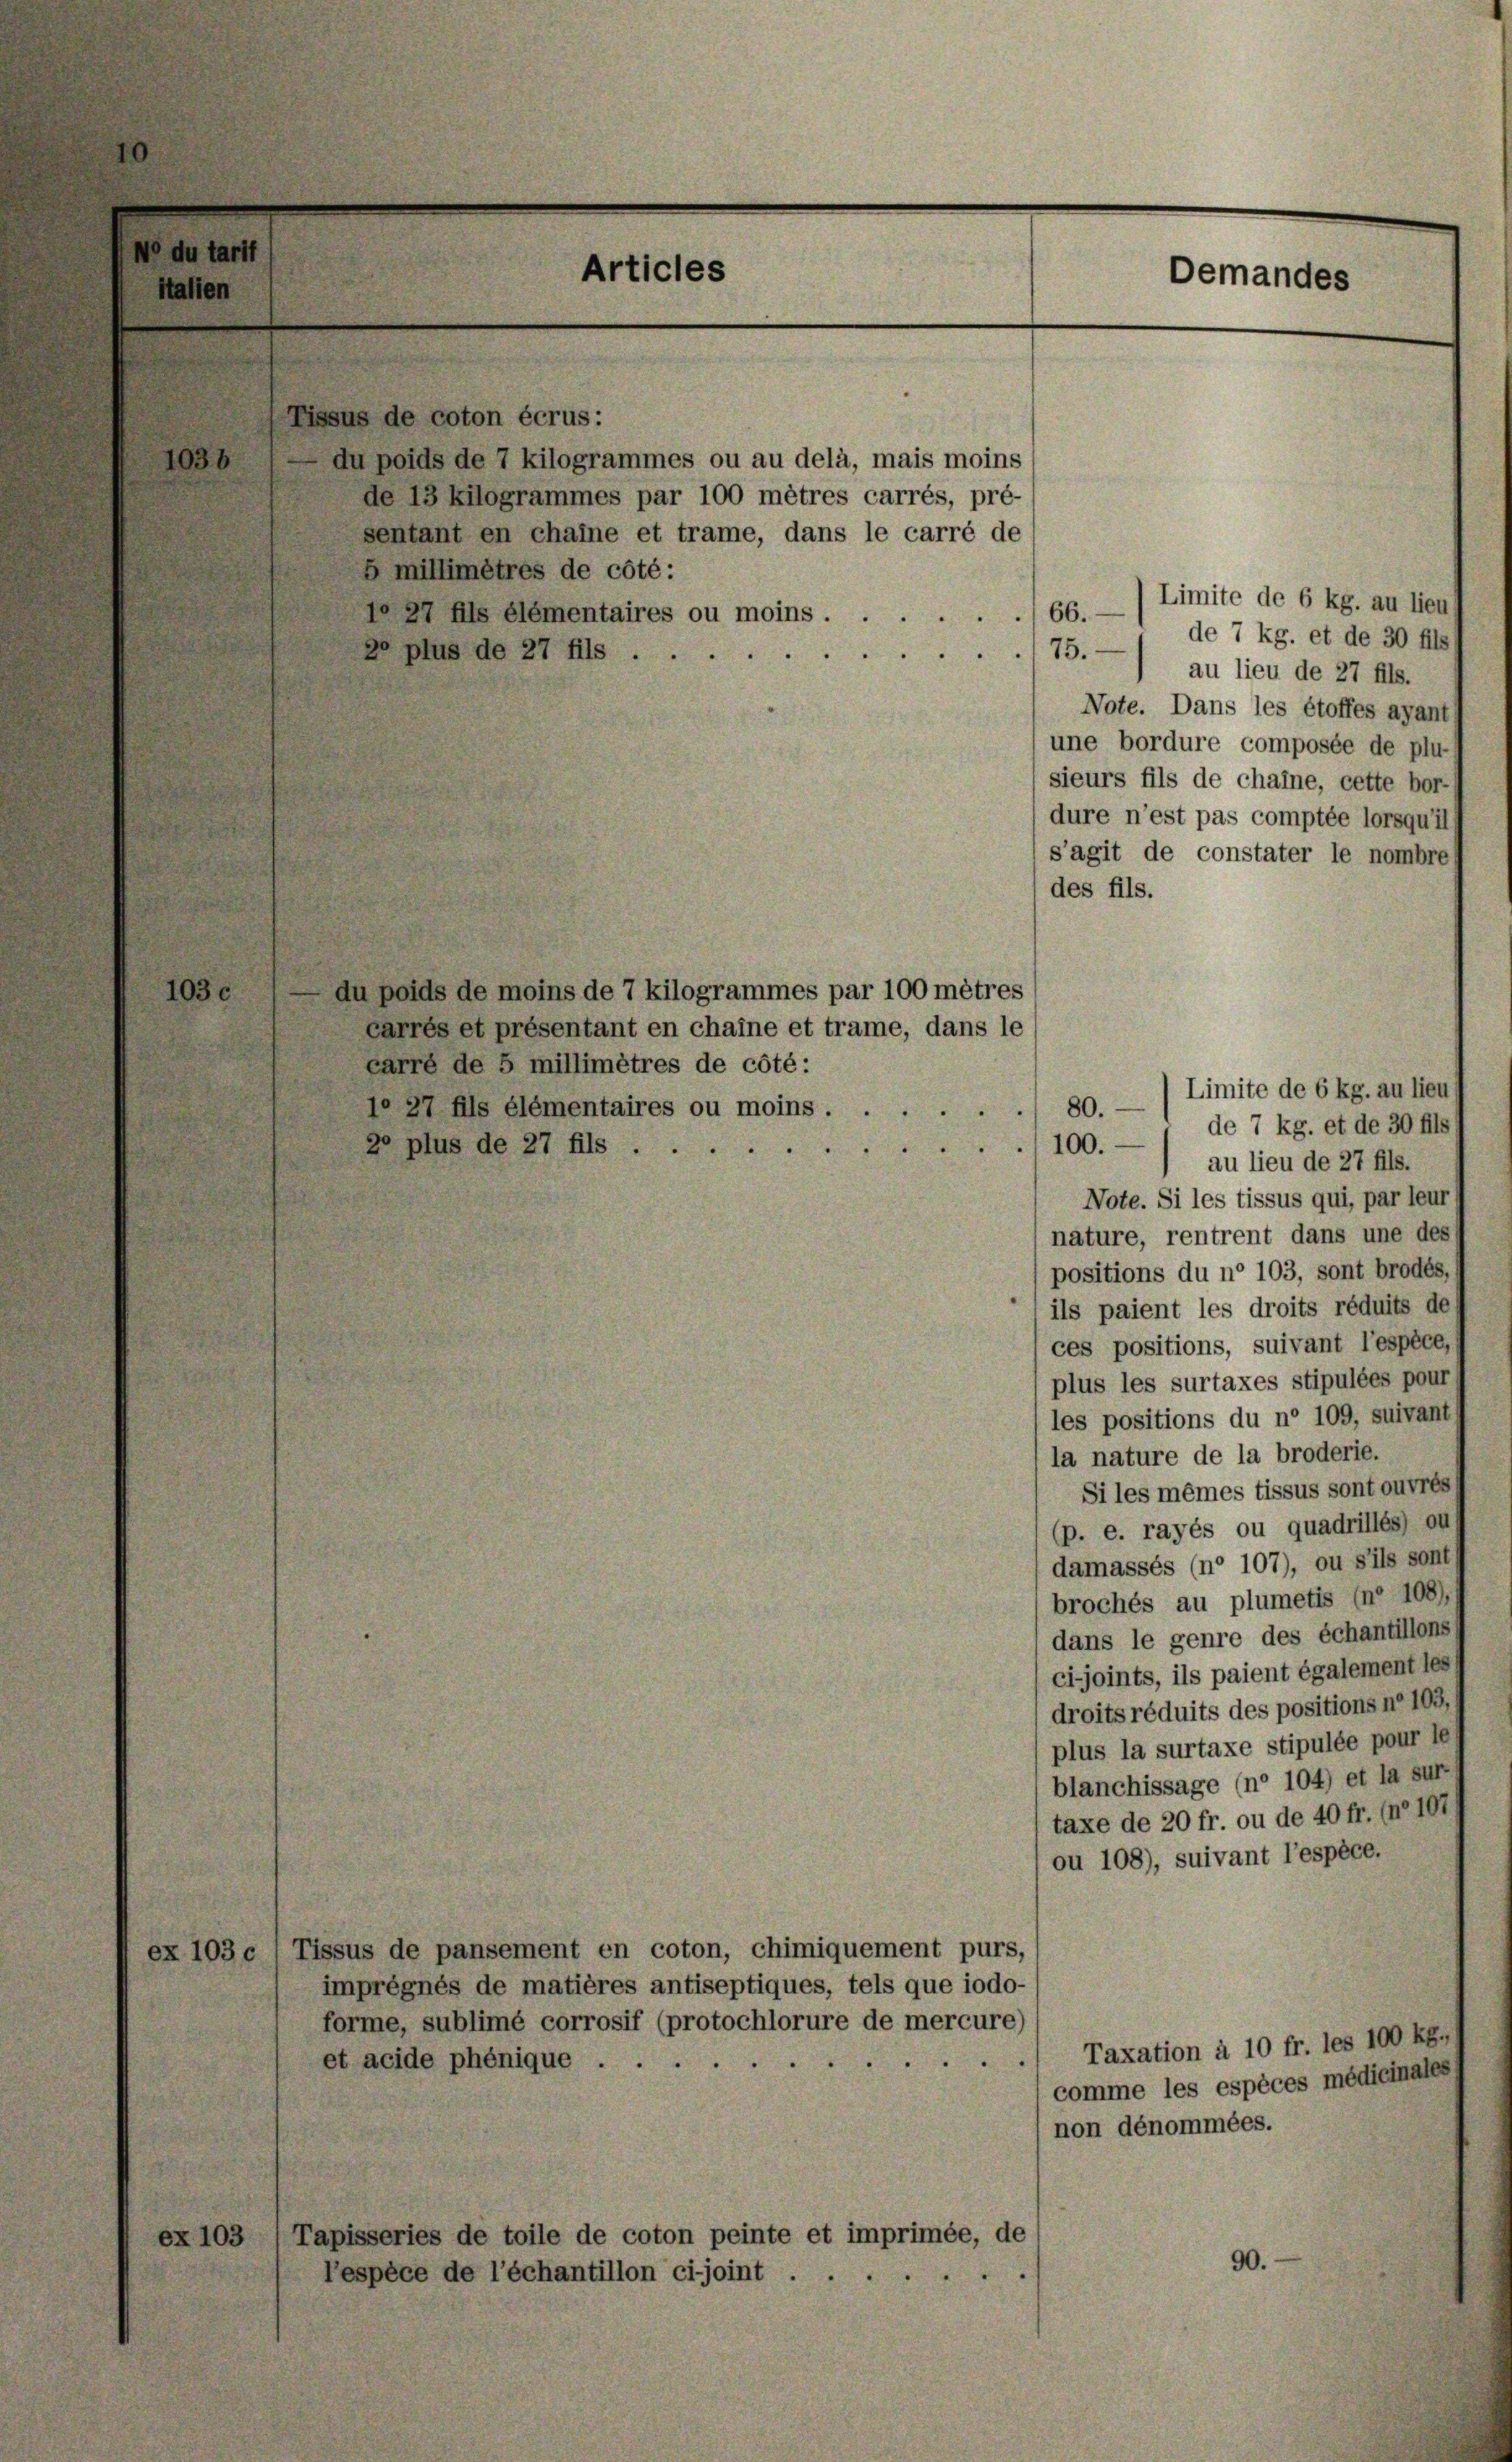
10

Articles

Lissus de coton écrus:
5 millimêtres de côté:
 27 fils élémentaires ou moins ....
20 plus de 27 fils.

carré de 5 millimètres de côté:
1° 27 fils élémentaires ou moins.
20 plus de 27 fils ...

Au poids de 7 kilogrammes ou au delà, mais moins
de 13 kilogrammes par 100 mêtres carrés, pré-
sentant en chaine et trame, dans le carré de

ex 103 c, Tissus de pansement en coton, chimiquement purs,
imprégnés de matières antiseptiques, tels que iodo-
forme, sublimé corrosif (protochlorure de mercure)
et acide phénique .
ex 103 (Tapisseries de toile de coton peinte et imprimée, de
l’espèce de l’échantillon cijoint ....

75.

du poids de moins de 7 kilogrammes par 100 mêtres
carrés et présentant en chaine et trame, dans le

Limite de 6 kg. au lieu
66.
de 7 kg. et de 30 fils
au lieu de 27 fils.
Note. Dans les étoffes ayant
une bordure composée de plu-
sieurs fils de chaine, cette bor-
dure n’est pas comptée lorsqu’il
s’agit de constater le nombres
des fils.
80. — Limite de 6 kg. au lieu,
de 7 kg. et de 30 fils
100.
au lieu de 27 fils.
Note. Si les tissus qui, par leur
nature, rentrent dans une des
positions du n° 103, sont brodes
ils paient les droits réduits de
ces positions, suivant l’espèce,
plus les surtaxes stipulées pour
les positions du n° 109, suivant
la nature de la broderie.
Si les mêmes tissus sont ouvrés
(p. e. rayés ou quadrillés) ou
damassés (n° 107), ou s’ils sont
brochés au plumetis (n° 108),
dans le genre des échantillons
cijoints, ils paient également les
droits réduits des positions n. 103,
plus la surtaxe stipulée pour le
blanchissage (n° 104) et la sur-
taxe de 20 fr. ou de 40 fr. (n° 107
ou 108), suivant l’espèce.
Taxation à 10 fr. les 100 kg.
comme les espèces médicinales
non dénommées.
90.

Demandes